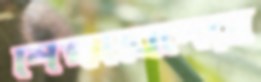
শিক্ষাবিদেরা